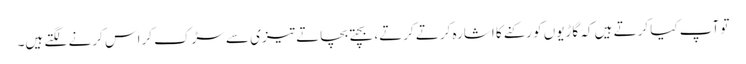
تو آپ کیا کرتے ہیں کہ گاڑیوں کو رکنے کا اشارہ کرتے کرتے، بچتے بچاتے تیزی سے سڑک کراس کرنے لگتے ہیں۔